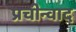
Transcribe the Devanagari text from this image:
प्रचीन्वाद